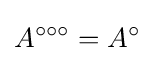
A^{\circ \circ \circ }=A^{\circ }